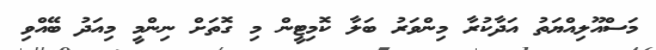
މަސްއޫލިއްޔަތު އަދާކުރާ މިންވަރު ބަލާ ކޮމިޓީން މި ގޮތަށް ނިންމީ މިއަދު ބޭއްވި